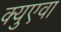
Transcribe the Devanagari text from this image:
क्युएवा